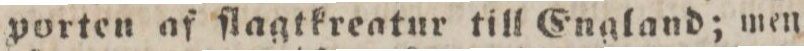
porten af ſlagtkreatur till England; man